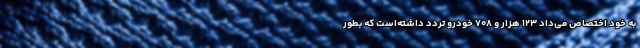
به خود اختصاص می‌داد ۱۲۳ هزار و ۷۰۸ خودرو تردد داشته‌است که بطور